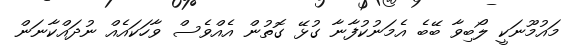
މައުމޫނަކީ ލޯބިވާ ބޭބެ އެމަނުކުފާނާ ގުޅޭ ގޮތުން އެއްވެސް ވާހަކައެއް ނުދައްކާނަން